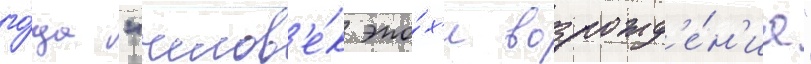
го́да "челов'е́к эпо́х'и возрожд'е́н'иа"